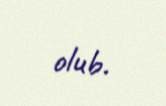
olub.